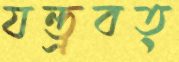
যন্ত্রবত্